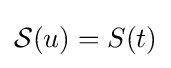
{\mathcal {S}}(u)=S(t)